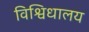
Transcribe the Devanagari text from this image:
विश्विधालय